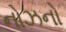
નોઝનો